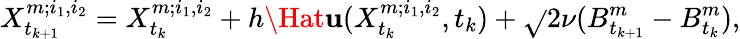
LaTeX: X_{t_{k+1}}^{m;i_{1},i_{2}}=X_{t_{k}}^{m;i_{1},i_{2}}+h\Hat{\mathbf{u}}(X_{t_{k}}^{m;i_{1},i_{2}},t_{k})+\sqrt{}{{2\nu}}(B_{t_{k+1}}^{m}-B_{t_{k}}^{m}),